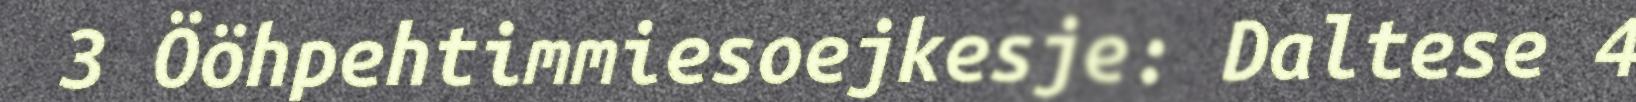
3 Ööhpehtimmiesoejkesje: Daltese 4